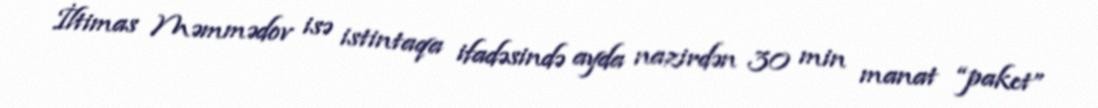
İltimas Məmmədov isə istintaqa ifadəsində ayda nazirdən 30 min manat “paket”